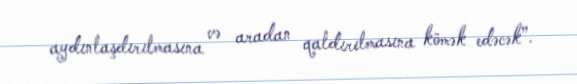
aydınlaşdırılmasına və aradan qaldırılmasına kömək edəcək”.